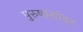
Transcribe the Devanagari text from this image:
पुरुषासोबत